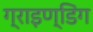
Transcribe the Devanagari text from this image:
ग्राइण्डिंग